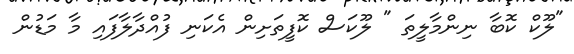
"ލޫކް ކޮބާ ނިންމާލީތަ " ލޫކަސް ކޮފީތަށިން އެކަނި ފުއްދާލާފައި މާ މަޑުން